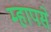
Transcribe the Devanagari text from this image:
म्हापसे